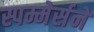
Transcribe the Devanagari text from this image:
स्पम्मेर्सने